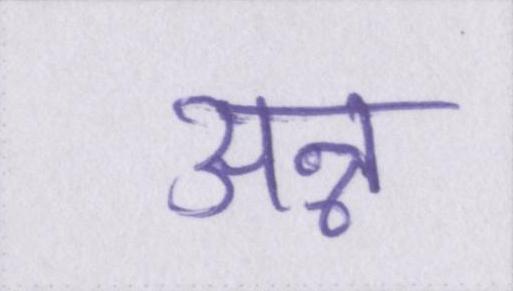
अन्न